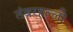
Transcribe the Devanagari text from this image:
तंबरहल्ली